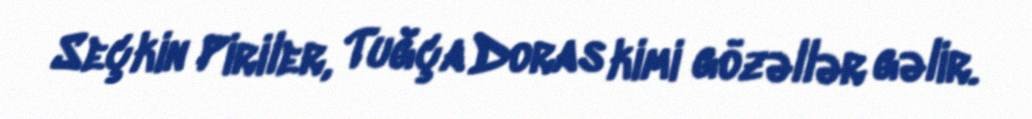
Seçkin Piriler, Tuğça Doras kimi gözəllər gəlir.